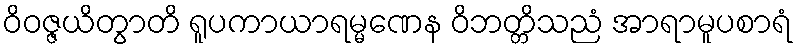
ဝိဝဇ္ဇယိတွာတိ ရူပကာယာရမ္မဏေန ဝိဘတ္တိသညံ အာရာမူပစာရံ